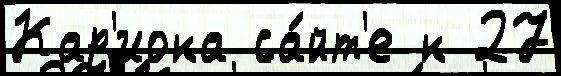
Кар'иока са́йт'е к 27